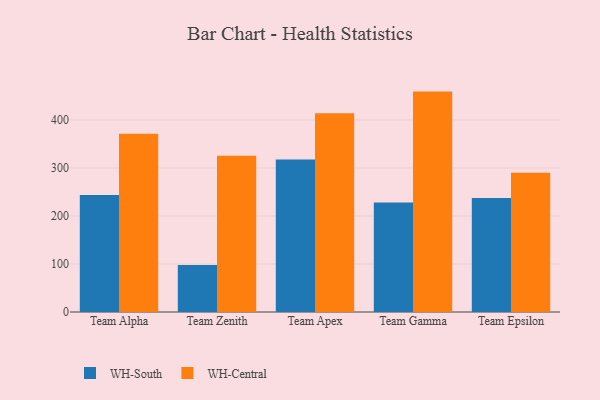
{"axis": {"x": "Team", "y": "Waste Production (Tons)"}, "legend": ["WH-Central", "WH-South"], "data": [{"x": "Team Alpha", "y": 243.9, "type": "WH-South"}, {"x": "Team Alpha", "y": 371.3, "type": "WH-Central"}, {"x": "Team Zenith", "y": 98.0, "type": "WH-South"}, {"x": "Team Zenith", "y": 325.3, "type": "WH-Central"}, {"x": "Team Apex", "y": 317.5, "type": "WH-South"}, {"x": "Team Apex", "y": 413.9, "type": "WH-Central"}, {"x": "Team Gamma", "y": 228.0, "type": "WH-South"}, {"x": "Team Gamma", "y": 459.1, "type": "WH-Central"}, {"x": "Team Epsilon", "y": 237.5, "type": "WH-South"}, {"x": "Team Epsilon", "y": 290.0, "type": "WH-Central"}]}